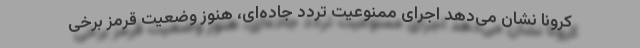
کرونا نشان می‌دهد اجرای ممنوعیت تردد جاده‌ای، هنوز وضعیت قرمز برخی